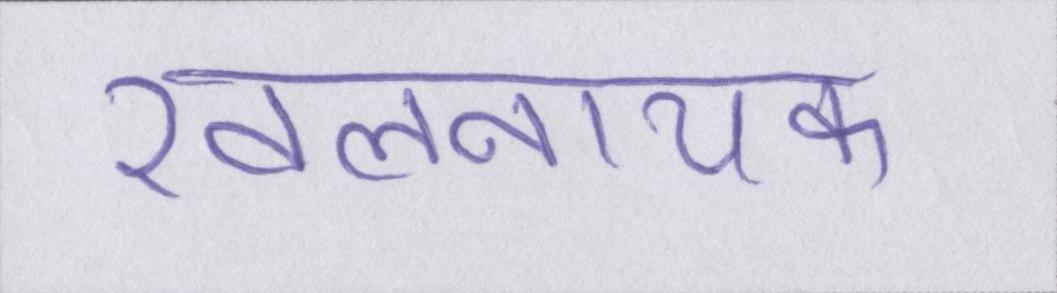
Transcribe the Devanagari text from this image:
खलनायक